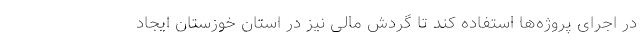
در اجرای پروژه‌ها استفاده کند تا گردش مالی نیز در استان خوزستان ایجاد